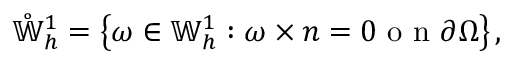
\mathring { \mathbb { W } } _ { h } ^ { 1 } = \left\{ \omega \in \mathbb { W } _ { h } ^ { 1 } : \omega \times n = 0 \mathrm { ~ o ~ n ~ } \partial \Omega \right\} ,